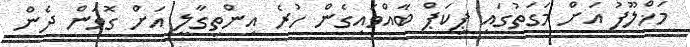
މަޚްލޫފު އަށް މަގަތުގައި ޕިކަޕް ބާއްވައިގެން ހުރެ އިންތިގާލީ އަށް ގޮވަން ދެން